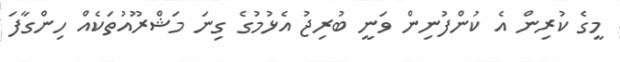
މީގެ ކުރިން އެ ކުންފުނިން ވަނީ ބުރިޖު އެޅުމުގެ ގިނަ މަޝްރޫއުތަކެއް ހިންގާފަ